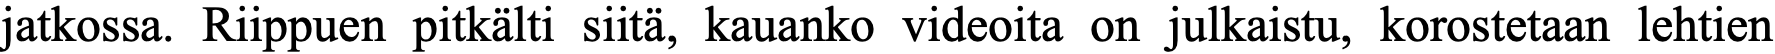
jatkossa. Riippuen pitkälti siitä, kauanko videoita on julkaistu, korostetaan lehtien